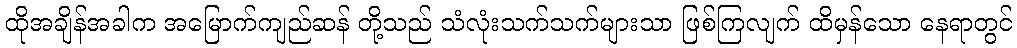
ထိုအချိန်အခါက အမြောက်ကျည်ဆန် တို့သည် သံလုံးသက်သက်များသာ ဖြစ်ကြလျက် ထိမှန်သော နေရာတွင်